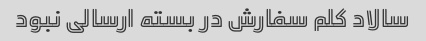
سالاد کلم سفارش در بسته ارسالی نبود